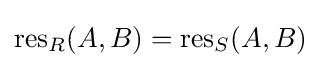
\operatorname {res} _{R}(A,B)=\operatorname {res} _{S}(A,B)